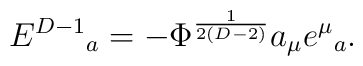
E^{D-1}{}_a=-\Phi^{\frac{1}{2(D-2)}}a_\mu e^\mu{}_a.